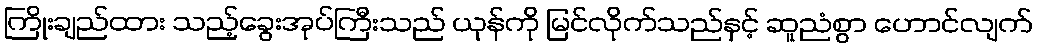
ကြိုးချည်ထား သည့်ခွေးအုပ်ကြီးသည် ယုန်ကို မြင်လိုက်သည်နှင့် ဆူညံစွာ ဟောင်လျက်